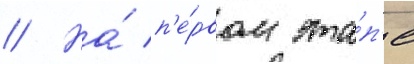
// На́ п'е́рвом эта́п'е